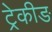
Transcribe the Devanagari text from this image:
ट्रेकीङ